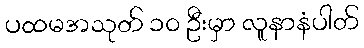
ပထမအသုတ် ၁၀ ဦးမှာ လူနာနံပါတ်